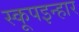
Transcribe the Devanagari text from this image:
स्कूपइन्हार